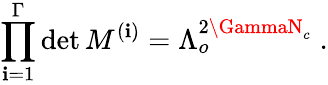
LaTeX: \prod_{\mathbf{i}=1}^{\Gamma}\operatorname*{det}M^{(\mathbf{i})}=\Lambda_{o}^{2\GammaN_{c}}\; .